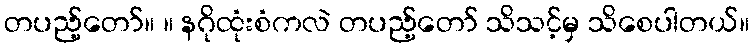
တပည့်တော်။ ။ နဂိုထုံးစံကလဲ တပည့်တော် သိသင့်မှ သိစေပါတယ်။